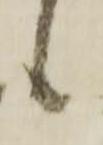
候